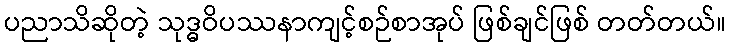
ပညာသိဆိုတဲ့ သုဒ္ဓဝိပဿနာကျင့်စဉ်စာအုပ် ဖြစ်ချင်ဖြစ် တတ်တယ်။